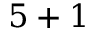
5 + 1